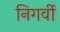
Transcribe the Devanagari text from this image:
निगर्वी